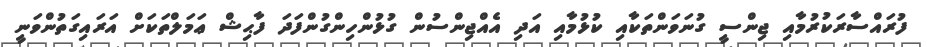
ފުރައްސާރަކުރުމާއި ޖިންސީ ގުނަވަންތަކާއި ކުޅުމާއި އަދި އެއްޖިންސުން ގުޅުންހިންގުންފަދަ ފާޙިޝް ޢަމަލްތަކަށް އަރައިގަތުންވަނީ